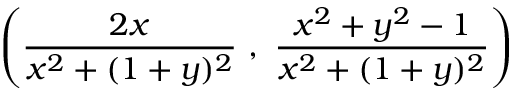
\left( { \frac { 2 x } { x ^ { 2 } + ( 1 + y ) ^ { 2 } } } \ , \ { \frac { x ^ { 2 } + y ^ { 2 } - 1 } { x ^ { 2 } + ( 1 + y ) ^ { 2 } } } \right)